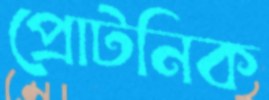
প্রোটনিক